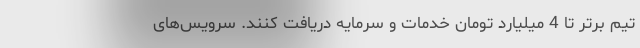
تیم برتر تا 4 میلیارد تومان خدمات و سرمایه دریافت کنند. سرویس‌های